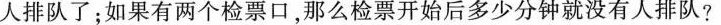
人排队了；如果有两个检票口，那么检票开始后多少分钟就没有人排队?